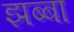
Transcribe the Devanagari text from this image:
झब्बा